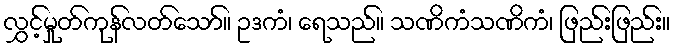
လွှင့်မှုတ်ကုန်လတ်သော်။ ဥဒကံ၊ ရေသည်။ သဏိကံသဏိကံ၊ ဖြည်းဖြည်း။